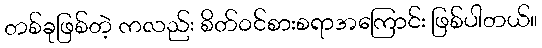
တစ်ခုဖြစ်တဲ့ ကလည်း စိတ်ဝင်စားစရာအကြောင်း ဖြစ်ပါတယ်။